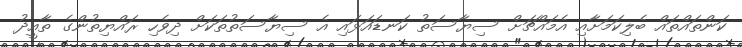
ކަންތައްތައް ބެލިކަމަށާއި އެމައްޗަށް ސިޔާސަތު ކަނޑައަޅައި އެ ސިޔާސަތުތަކަށް ދިވެހި ރައްޔިތުންގެ ތާއީދު